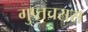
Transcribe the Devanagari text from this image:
गुप्तचरास